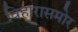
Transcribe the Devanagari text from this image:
विहारासमोर